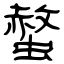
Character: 螫